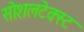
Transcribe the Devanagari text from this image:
सोशलटेक्स्ट